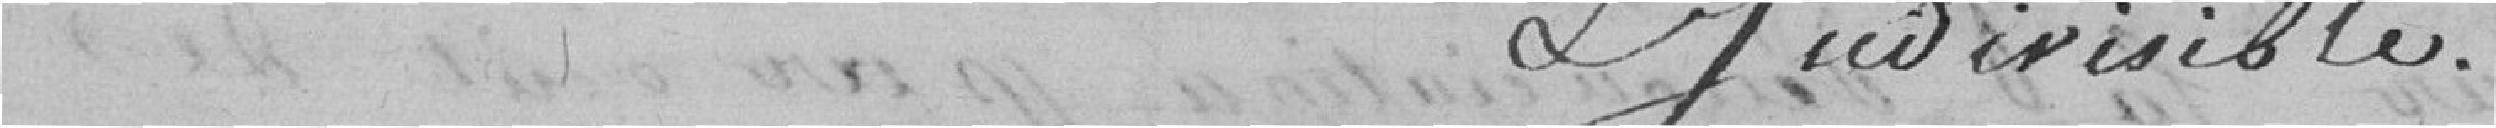
et indivisible.